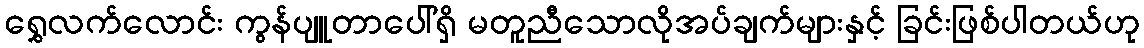
ရွှေလက်လောင်း ကွန်ပျူတာပေါ်ရှိ မတူညီသောလိုအပ်ချက်များနှင့် ခြင်းဖြစ်ပါတယ်ဟု